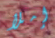
إملأ